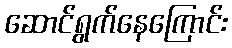
ဆောင်ရွက်နေကြောင်း